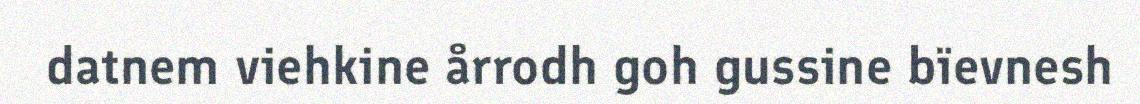
datnem viehkine årrodh goh gussine bïevnesh